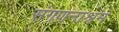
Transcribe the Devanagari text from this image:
संगणनाश्रम